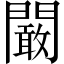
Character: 闞